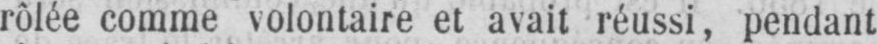
rôlée comme volontaire et avait réussi, pendant